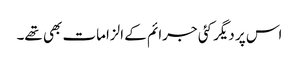
اس پر دیگر کئی جرائم کے الزامات بھی تھے۔